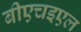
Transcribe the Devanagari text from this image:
बीएचइएल